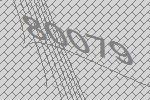
80079